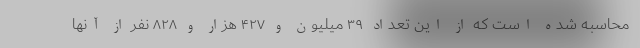
محاسبه شده است که از این تعداد ۳۹ میلیون و ۴۲۷ هزار و ۸۲۸ نفر از آنها